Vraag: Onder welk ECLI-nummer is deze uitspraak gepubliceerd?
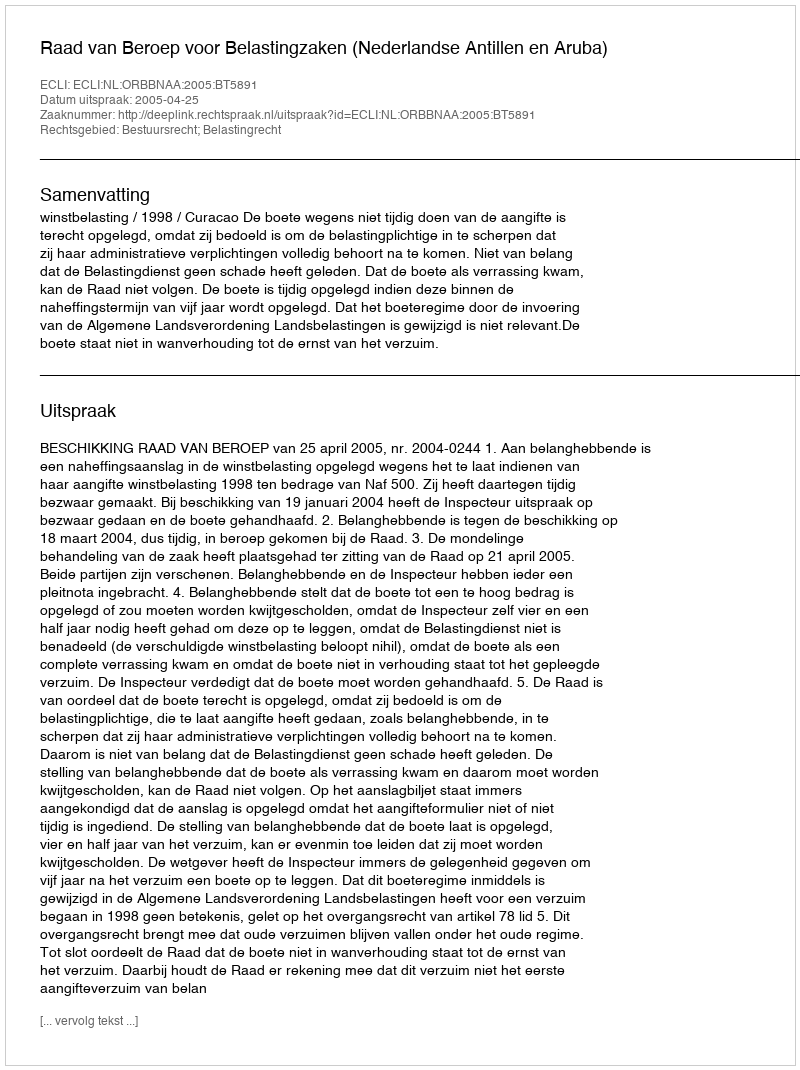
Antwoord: ECLI:NL:ORBBNAA:2005:BT5891